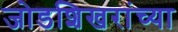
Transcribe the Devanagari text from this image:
जोडशिखरांच्या